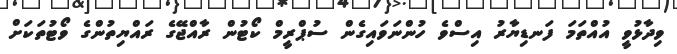
ވިދާޅުވީ އުއްތަމަ ފަނޑިޔާރު އިސްވެ ހުންނަވައިގެން ސުޕްރީމް ކޯޓުން ރާއްޖޭގެ ރައްޔިތުންގެ ވޯޓުތަކަށް